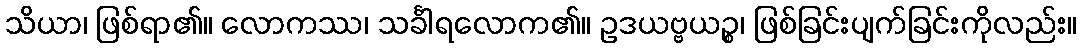
သိယာ၊ ဖြစ်ရာ၏။ လောကဿ၊ သင်္ခါရလောက၏။ ဥဒယဗ္ဗယဉ္စ၊ ဖြစ်ခြင်းပျက်ခြင်းကိုလည်း။